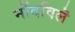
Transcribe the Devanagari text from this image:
नोंदविलॆ